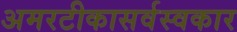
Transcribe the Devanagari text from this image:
अमरटीकासर्वस्वकार